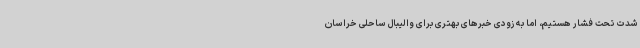
شدت تحت فشار هستیم، اما به زودی خبرهای بهتری برای والیبال ساحلی خراسان